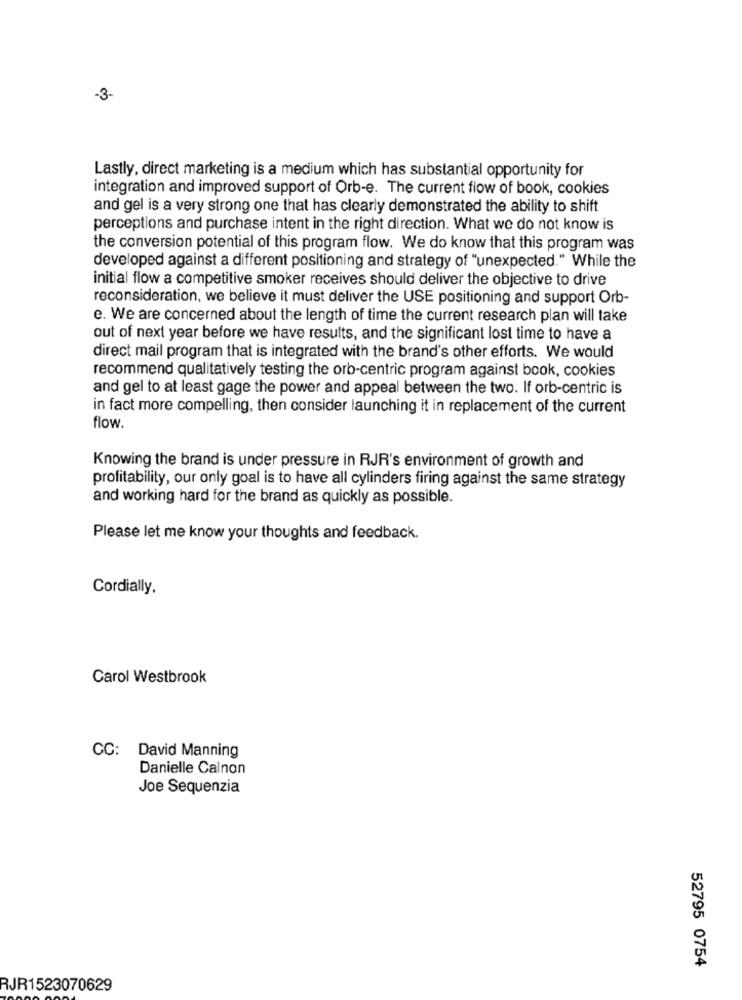
-3-
Lastly, direct marketing is a medium which has substantial opportunity for
integration and improved support of Orb-e. The current flow of book, cookies
and gel is a very strong one that has clearly demonstrated the ability to shift
perceptions and purchase intent in the right direction. What we do not know is
the conversion potential of this program flow. We do know that this program was
developed against a different positioning and strategy of "unexpected." While the
initial flow a competitive smoker receives should deliver the objective to drive
reconsideration, we believe it must deliver the USE positioning and support Orb-
e. We are concerned about the length of time the current research plan will take
out of next year before we have results, and the significant lost time to have a
direct mail program that is integrated with the brand's other efforts. We would
recommend qualitatively testing the orb-centric program against book, cookies
and gel to at least gage the power and appeal between the two. If orb-centric is
in fact more compelling, then consider launching it in replacement of the current
flow.
Knowing the brand is under pressure in RJR's environment of growth and
profitability, our only goal is to have all cylinders firing against the same strategy
and working hard for the brand as quickly as possible.
Please let me know your thoughts and feedback.
Cordially,
Carol Westbrook
CC: David Manning
Danielle Calnon
Joe Sequenzia
52795 0754
RJR1523070629